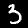
Label: 3